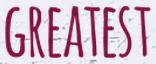
GREATEST